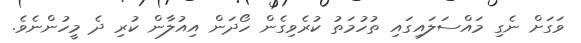
ވަގަށް ނެގި މައްސަލައިގައި ތުހުމަތު ކުރެވިގެން ހޯދަން އިއުލާން ކުރި ދެ މީހުންނެވެ.